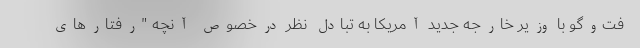
فت‌وگو با وزیر خارجه جدید آمریکا به تبادل نظر درخصوص آنچه "رفتارهای